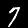
Label: 7